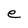
Character: e